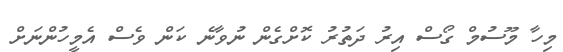
މިހާ މޫސުމް ގޯސް އިރު ދަތުރު ކޮށްގެން ނުވާނެ ކަން ވެސް އެމީހުންނަށް